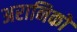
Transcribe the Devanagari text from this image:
अरानिको